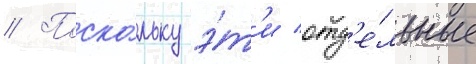
// Поско́льку э́т'и отд'е́льные